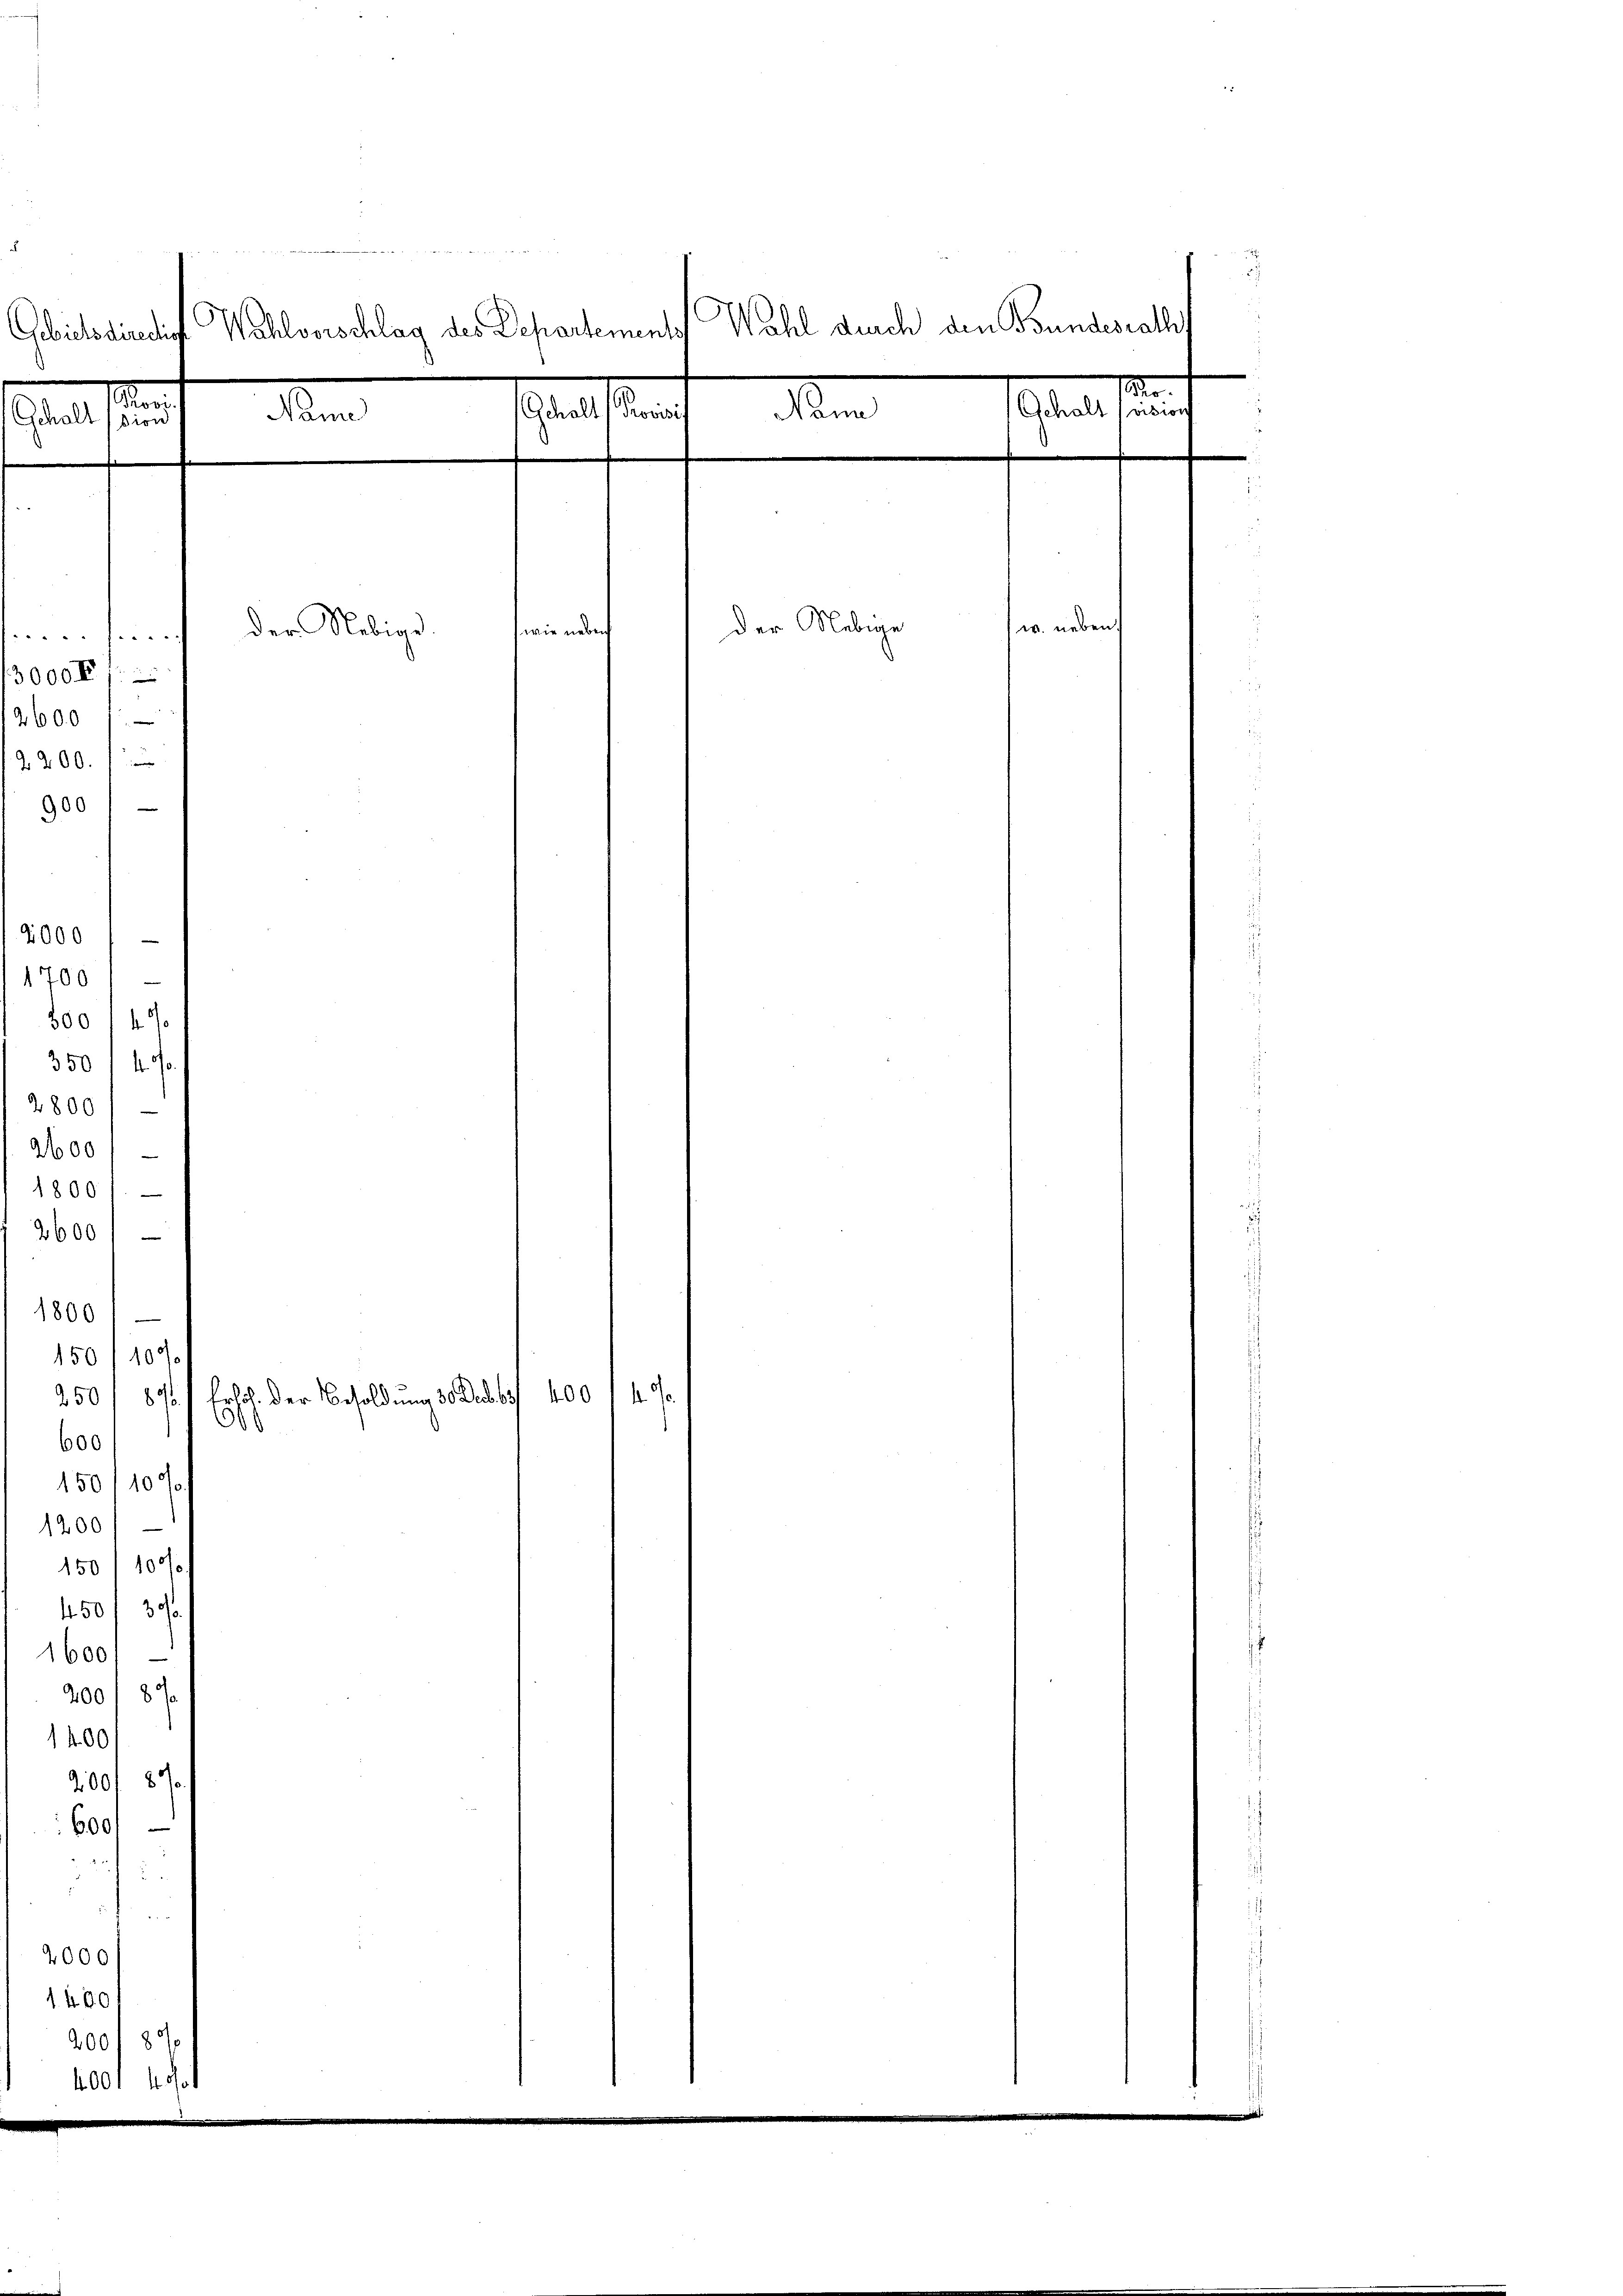
Gebietsdirectio
.
Schalt
dion

4800
260
180
2600

Wahl durch den Bundesrath
Wahlvorschlag des Departements
r
Gehalt passion
Stellen
Man
1
.
w. inden
der Nebe
der Nebige
wie neben
00.

150/1000

1800
600
150/10 s
1200
150/100//
450 f 30.
16001
2001 800
1400
2001 877
600,

4

2000
1400
00f 80
400

Name

250/ 870 / Frlöl. der Besoldung 30 Des 400 f 40
900